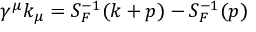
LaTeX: \gamma ^ { \mu } k _ { \mu } = S _ { F } ^ { - 1 } ( k + p ) - S _ { F } ^ { - 1 } ( p )